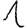
Digit: 1